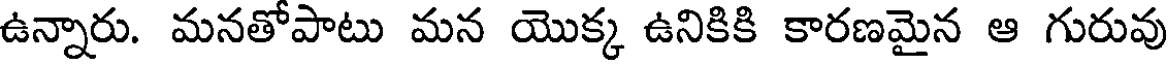
ఉన్నారు. మనతోపాటు మన యొక్క ఉనికికి కారణమైన ఆ గురువు